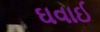
ઘવાઈ